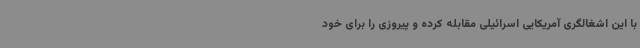
با این اشغالگری آمریکایی اسرائیلی مقابله کرده و پیروزی را برای خود